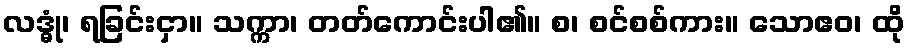
လဒ္ဓုံ၊ ရခြင်းငှာ။ သက္ကာ၊ တတ်ကောင်းပါ၏။ စ၊ စင်စစ်ကား။ သောဧဝ၊ ထို